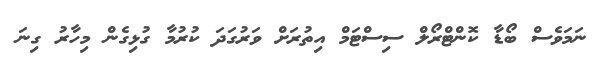
ނަމަވެސް ބޯޑާ ކޮންޓްރޯލް ސިސްޓަމް އިތުރަށް ވަރުގަދަ ކުރުމާ ގުޅިގެން މިހާރު ގިނަ